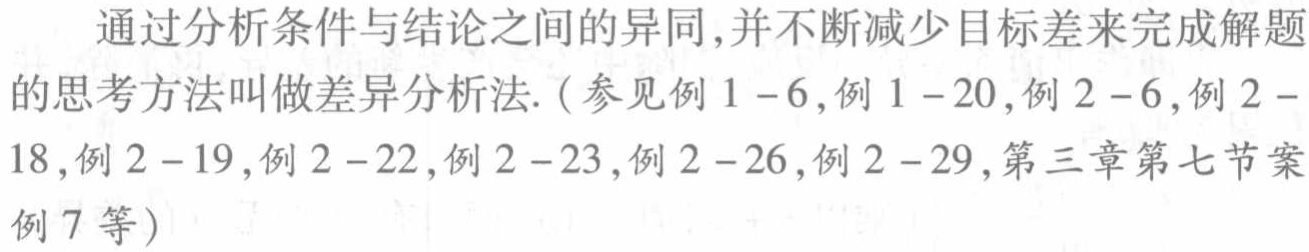
通过分析条件与结论之间的异同,并不断减少目标差来完成解题的思考方法叫做差异分析法. (参见例 1--6,例 1--20,例 2--6,例 2--18,例 2--19,例 2--22,例 2--23,例 2--26,例 2--29,第三章第七节案例 7 等)